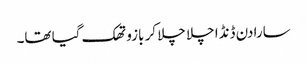
سارا دن ڈنڈا چلا چلا کر بازو تھک گیا تھا۔